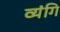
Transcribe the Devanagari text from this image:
व्यंगि